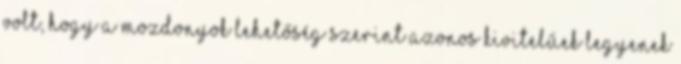
volt, hogy a mozdonyok lehetőség szerint azonos kivitelűek legyenek